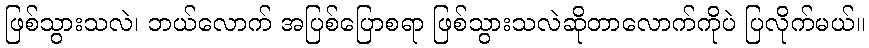
ဖြစ်သွားသလဲ၊ ဘယ်လောက် အပြစ်ပြောစရာ ဖြစ်သွားသလဲဆိုတာလောက်ကိုပဲ ပြလိုက်မယ်။